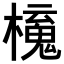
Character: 𣝂